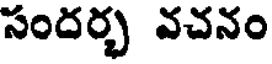
సందర్భ వచనం